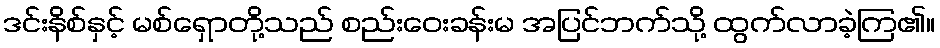
ဒင်းနိစ်နှင့် မစ်ရှောတို့သည် စည်းဝေးခန်းမ အပြင်ဘက်သို့ ထွက်လာခဲ့ကြ၏။